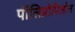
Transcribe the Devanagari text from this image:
पॉलिप्रोपिलोन